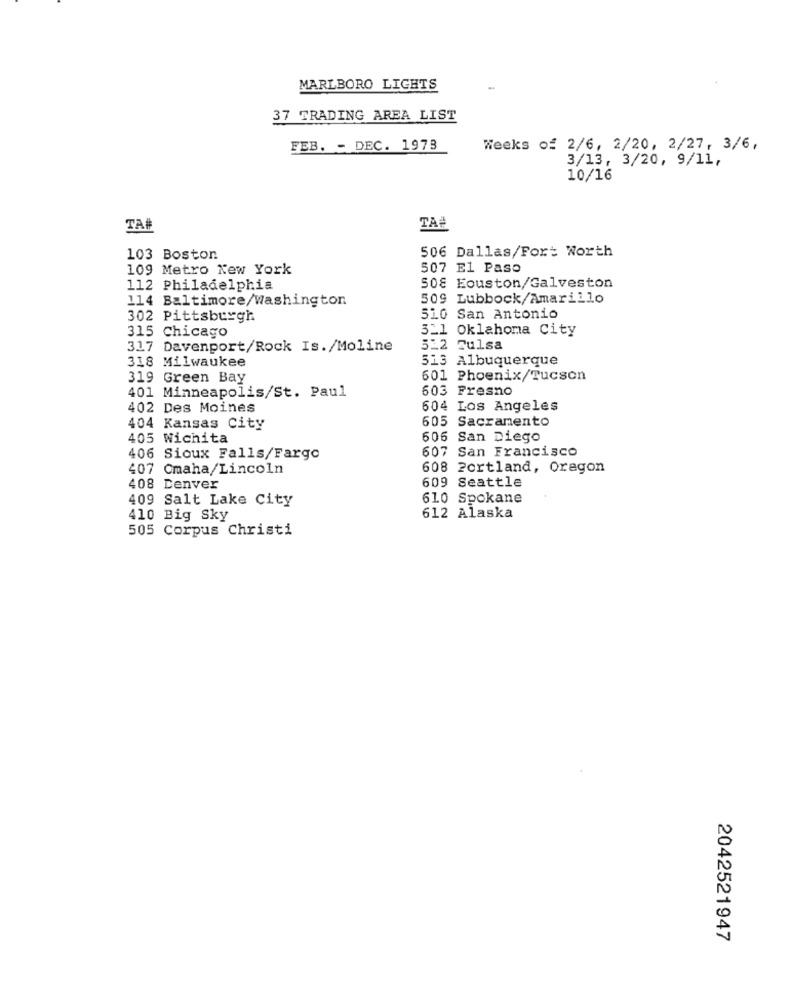
MARLBORO LIGHTS
37 TRADING AREA LIST
FEB. - DEC. 1978
Weeks of 2/6, 2/20, 2/27, 3/6,
3/13, 3/20, 9/11,
10/16
TA#
TA
506 Dallas/Fort Worth
103 Boston
109 Metro New York
507 El Paso
112 Philadelphia
508 Eouston/Galveston
114 Baltimore/Washington
509 Lubbock/Amarillo
302 Pittsburgh
510 San Antonio
315 Chicago
3_1 Oklahoma City
317 Davenport/Rock Is./Moline
512 Tulsa
318 Milwaukee
513 Albuquerque
319 Green Bay
601 Phoenix/Tucson
401 Minneapolis/St. Paul
603 Fresno
402 Des Moines
604 Los Angeles
605 Sacramento
404 Kansas City
405 Wichita
606 San Diego
607 San Francisco
406 Sioux Falls/Fargo
407 Cmaha/Lincoln
608 Portland, Oregon
609 Seattle
408 Denver
409 Salt Lake City
610 Spokane
410 Big Sky
612 Alaska
505 Corpus Christi
2042521947